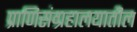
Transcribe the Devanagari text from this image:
प्राणिसंग्रहालयातील